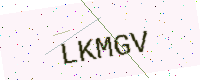
Text: LKMGV